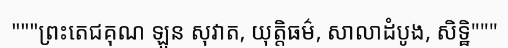
"""ព្រះតេជគុណ ឡួន សុវាត, យុត្តិធម៌, សាលាដំបូង, សិទ្ឋិ"""